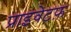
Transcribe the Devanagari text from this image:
प्राइवेटफ़